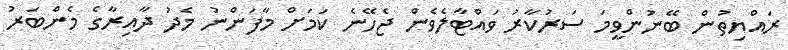
ރައްޔިތުން ބޭނުންވީމަ ސަރުކާރު ވައްޓާލެވެން ޖެހޭނެ ކަމަށް މާފަންނު މެދު ދާއިރާގެ މެެންބަރު